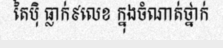
តៃប៉ិ ធ្លាក់៩លេខ ក្នុងចំណាត់ថ្នាក់